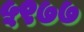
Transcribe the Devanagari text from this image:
५९७७